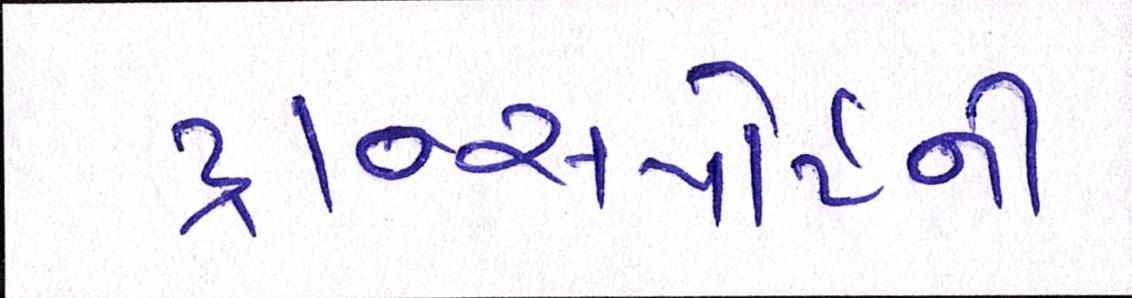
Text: ટ્રાન્સપોર્ટની